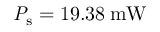
\mathrm { \mathit { P } _ { s } } = 1 9 . 3 8 \: \mathrm { m W }